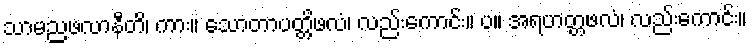
သာမညဖလာနီတိ၊ ကား။ သောတာပတ္တိဖလံ၊ လည်းကောင်း။ ပ။ အရဟတ္တဖလံ၊ လည်းကောင်း။